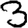
Digit: 3